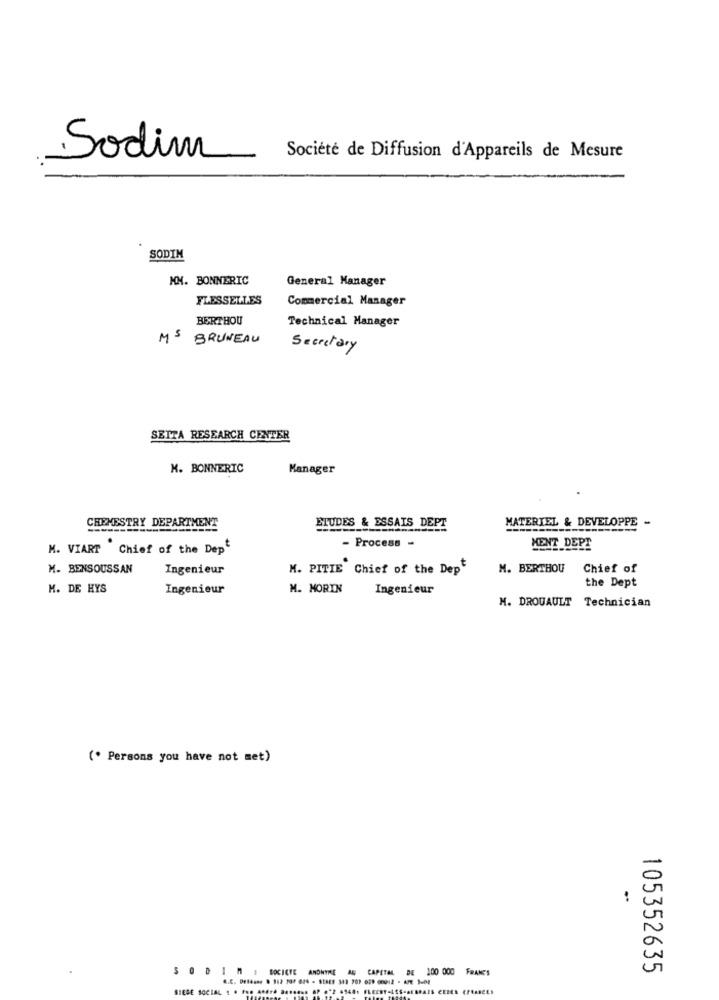
Sodim
Société de Diffusion d'Appareils de Mesure
SODIM
MM. BONNERIC
General Manager
FLESSELLES
Commercial Manager
BERTHOU
Technical Manager
MS
BRUNEAU
Secretary
SETTA RESEARCH CENTER
M. BONNERIC
Manager
CREMESTRY DEPARTMENT
MATERIEL & DEVELOPPE -
ETUDES & ESSAIS DEPT
M. VIART Chief of the Dep
- Process -
MENT DEPT
M. BENSOUSSAN
Ingenieur
M. PITIE Chief of the Dept
M. BERTHOU Chief of
K. DE HYS
Ingenieur
M. MORIN
Ingenieur
the Dept
N. DROUAULT Technician
(* Persons you have not met)
105352635
SO DIM : SOCIETE ANONYME AU CAPITAL DE 100 000 FRANES
SIEGE SOCIAL : . Fo. AM